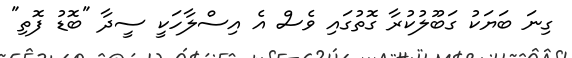
ގިނަ ބަޔަކު ގަބޫލުކުރާ ގޮތުގައި ވެސް އެ އިސްލާހަކީ ސީދާ "ބޮޑު ފޮތި"